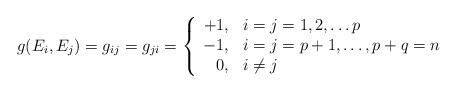
LaTeX: \begin{align*}g(E_i, E_j) = g_{ij} = g_{ji} = \left\{\begin{array}{rl}+1, & i=j=1,2,\ldots p\\-1, & i=j=p+1,\ldots,p+q=n\\0, & i \neq j\end{array}\right.\end{align*}